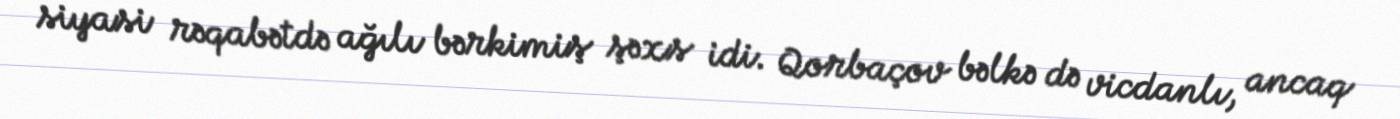
siyasi rəqabətdə ağılı bərkimiş şəxs idi. Qorbaçov bəlkə də vicdanlı, ancaq